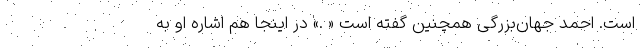
است. احمد جهان‌بزرگی همچنین گفته است « .» در اینجا هم اشاره او به